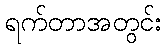
ရက်တာအတွင်း